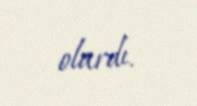
olardı.